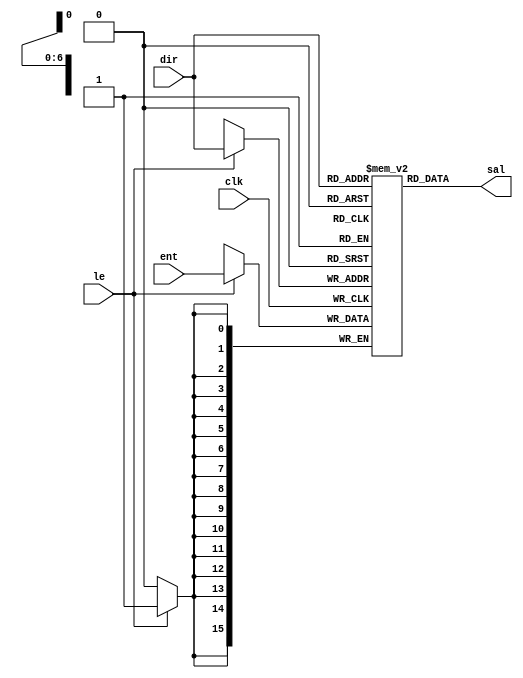
`timescale 1ns / 1ps

module RAM(
    input clk, le,
    input [6:0] dir,
    input [15:0] ent,
    output [15:0] sal
    );

    parameter RAM_WIDTH = 16;
    parameter RAM_ADDR_BITS = 7;

    reg [RAM_WIDTH-1:0] M[(2**RAM_ADDR_BITS)-1:0];

    initial
        begin
//           // Programa
//           $readmemb("C:/Users/azure/Desktop/repoMS/sase_project-master/Proyecto_MS/MS_final.srcs/sources_1/imports/facu/MaquinaSencilla_IO/timerysseg.hex", M);
//           // Datos
//           $readmemb("C:/Users/azure/Desktop/MaquinaSencillaIO/MaquinaSencillaIO.srcs/sources_1/imports/MaquinaSencilla.srcs/sources_1/new/datos.data", M, 100, 106);

        end

    always @(posedge clk)
      if (le)
         M[dir] <= ent;

    assign sal = M[dir];

endmodule